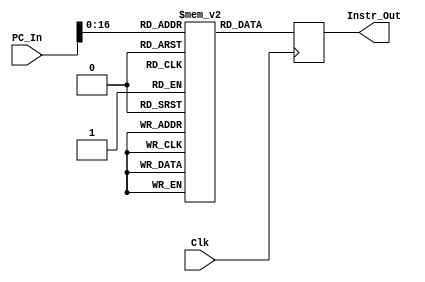
`timescale 1ns / 1ps
module InstructionMemory(PC_In,Clk,Instr_Out);
input Clk;	
output [31:0] Instr_Out;
reg [31:0] ins[0:65536];														
reg [31:0] Instr_Out;
input [31:0] PC_In;																
					
						

initial begin
	ins[0]=32'b 00000000010010000100100000100000;
	ins[1]=32'b 00000001001000101000000000100010; 
end
always@(negedge Clk) begin
	 Instr_Out=ins[PC_In];
end

endmodule